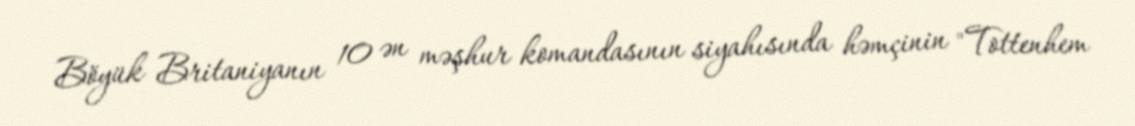
Böyük Britaniyanın 10 ən məşhur komandasının siyahısında həmçinin "Tottenhem